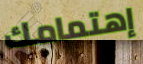
إهتمامك